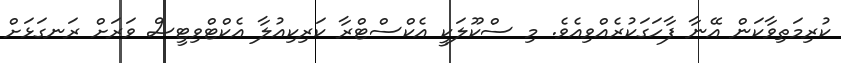
ކުރިމަތިވާކަން އޭނާ ފާހަގަކުރެއްވިއެވެ. މި ސްކޫލަކީ އެކްސްޓްރާ ކަރިކިއުލާ އެކްޓްވިޓީސް ވަރަށް ރަނގަޅަށް